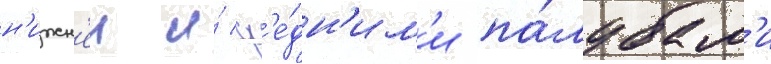
н'ижн'еи и́ ср'е́дн'им'и па́лубам'и